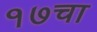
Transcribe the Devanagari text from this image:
१७चा